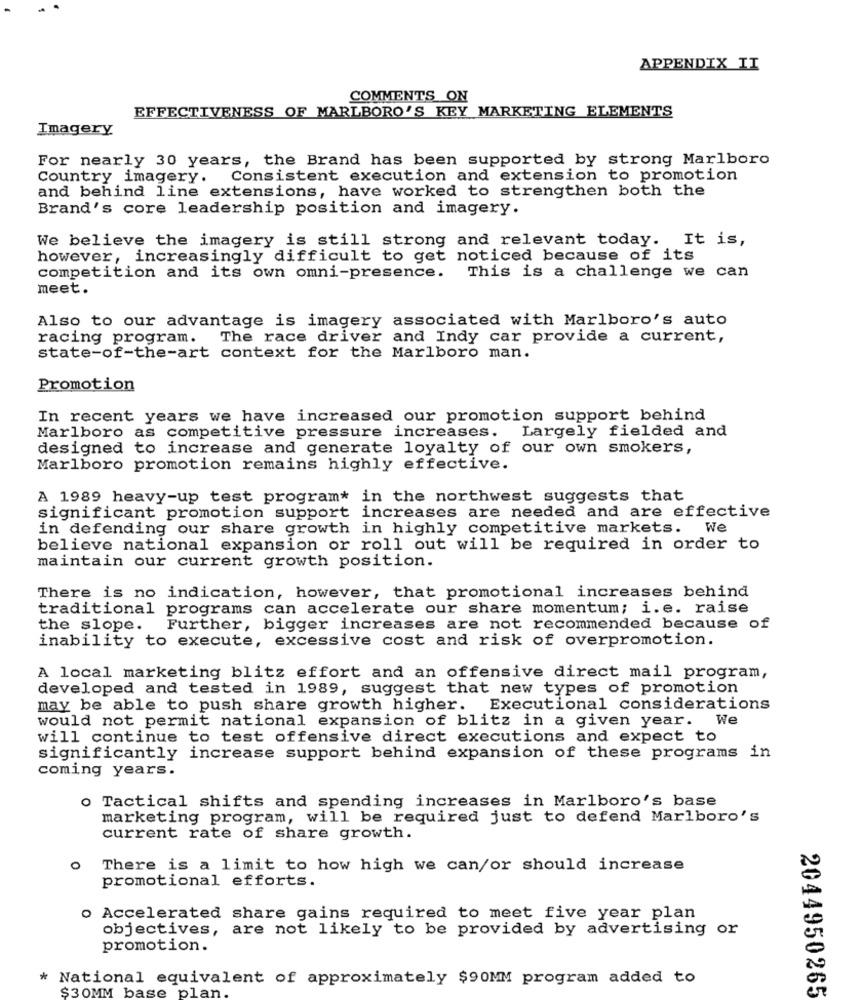
APPENDIX II
COMMENTS ON
EFFECTIVENESS OF MARLBORO'S KEY MARKETING ELEMENTS
Imagery
For nearly 30 years, the Brand has been supported by strong Marlboro
Country imagery. Consistent execution and extension to promotion
and behind line extensions, have worked to strengthen both the
Brand's core leadership position and imagery.
We believe the imagery is still strong and relevant today. It is,
however, increasingly difficult to get noticed because of its
competition and its own omni-presence. This is a challenge we can
meet.
Also to our advantage is imagery associated with Marlboro's auto
racing program. The race driver and Indy car provide a current,
state-of-the-art context for the Marlboro man.
Promotion
In recent years we have increased our promotion support behind
Marlboro as competitive pressure increases. Largely fielded and
designed to increase and generate loyalty of our own smokers,
Marlboro promotion remains highly effective.
A 1989 heavy-up test program* in the northwest suggests that
significant promotion support increases are needed and are effective
in defending our share growth in highly competitive markets. We
believe national expansion or roll out will be required in order to
maintain our current growth position.
There is no indication, however, that promotional increases behind
traditional programs can accelerate our share momentum; i.e. raise
the slope. Further, bigger increases are not recommended because of
inability to execute, excessive cost and risk of overpromotion.
A local marketing blitz effort and an offensive direct mail program,
developed and tested in 1989, suggest that new types of promotion
may be able to push share growth higher. Executional considerations
would not permit national expansion of blitz in a given year. We
will continue to test offensive direct executions and expect to
significantly increase support behind expansion of these programs in
coming years.
o Tactical shifts and spending increases in Marlboro's base
marketing program, will be required just to defend Marlboro's
current rate of share growth.
There is a limit to how high we can/or should increase
promotional efforts.
o Accelerated share gains required to meet five year plan
objectives, are not likely to be provided by advertising or
promotion.
* National equivalent of approximately $90MM program added to
$30MM base plan
2044950265